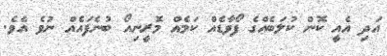
އަދި އެއީ ކޮން ކުލަބެއްގެ ފޯވާޑެއް ކަމެއް މޮރީނިއޯ ބުނެފައެއް ނުވެ އެވެ.